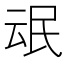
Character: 𰚸